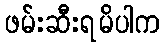
ဖမ်းဆီးရမိပါက